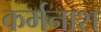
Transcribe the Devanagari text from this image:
कर्मनाश